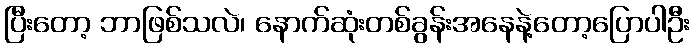
ပြီးတော့ ဘာဖြစ်သလဲ၊ နောက်ဆုံးတစ်ခွန်းအနေနဲ့တော့ပြောပါဦး